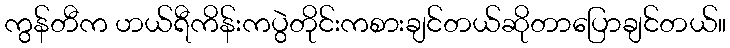
ကွန်တီက ဟယ်ရီကိန်းကပွဲတိုင်းကစားချင်တယ်ဆိုတာပြောချင်တယ်။